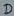
Text: D